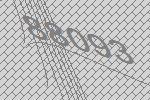
88093